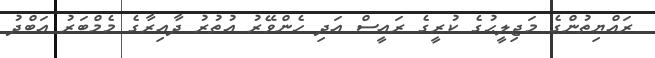
ރައްޔިތުންގެ މަޖިލީޙުގެ ކުރީގެ ރައީސް އަދި ހެންވޭރު އުތުރު ދާއިރާގެ މެމްބަރު އަބްދު